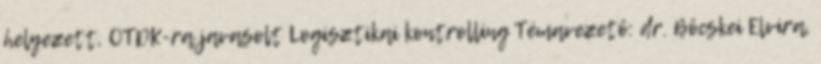
helyezett, OTDK-ra javasolt Logisztikai kontrolling Témavezető: dr. Böcskei Elvira,